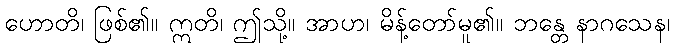
ဟောတိ၊ ဖြစ်၏။ ဣတိ၊ ဤသို့။ အာဟ၊ မိန့်တော်မူ၏။ ဘန္တေ နာဂသေန၊